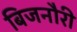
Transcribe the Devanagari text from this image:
बिजनौरी